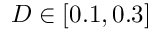
D \in [ 0 . 1 , 0 . 3 ]